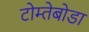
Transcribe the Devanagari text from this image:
टोम्तेबोडा